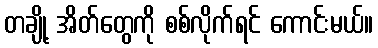
တချို့ အိတ်တွေကို စစ်လိုက်ရင် ကောင်းမယ်။